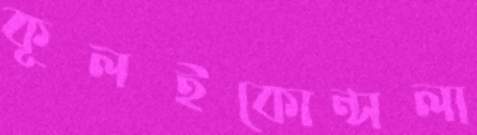
কূলইকোন্সলা